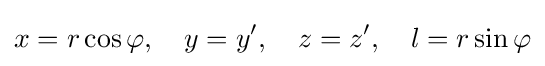
x=r\cos \varphi ,\quad y=y',\quad z=z',\quad l=r\sin \varphi